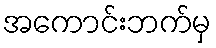
အကောင်းဘက်မှ